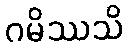
ဂမိဿသိ